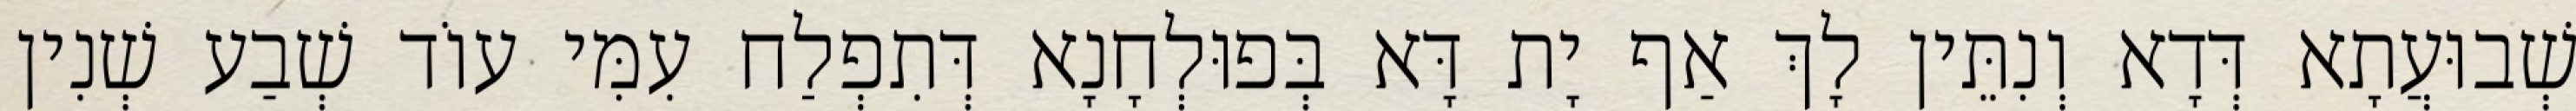
שְׁבוּעֲתָא דְּדָא וְנִתֵּין לָךְ אַף יָת דָּא בְּפוּלְחָנָא דְּתִפְלַח עִמִּי עוֹד שְׁבַע שְׁנִין